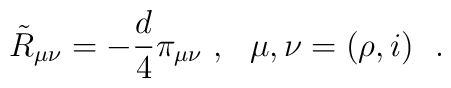
\tilde{R}_{\mu\nu}=-{d\over 4}\pi_{\mu\nu}~,~~\mu , \nu=(\rho , i)~~.